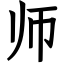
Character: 师